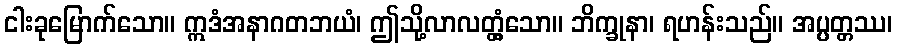
ငါးခုမြောက်သော။ ဣဒံအနာဂတဘယံ၊ ဤသို့လာလတ္တံ့သော။ ဘိက္ခုနာ၊ ရဟန်းသည်။ အပ္ပတ္တဿ၊